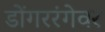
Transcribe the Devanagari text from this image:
डोंगररंगेवर